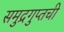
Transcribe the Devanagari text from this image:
समुद्रगुप्तची